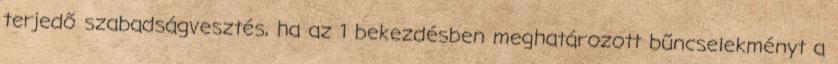
terjedő szabadságvesztés, ha az 1 bekezdésben meghatározott bűncselekményt a